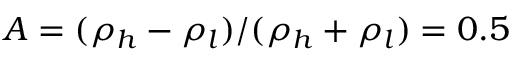
A = ( \rho _ { h } - \rho _ { l } ) / ( \rho _ { h } + \rho _ { l } ) = 0 . 5